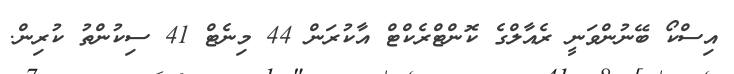
އިސްކޯ ބޭނުންވަނީ ރެއާލްގެ ކޮންޓްރެކްޓް އާކުރަން 44 މިނެޓް 41 ސިކުންތު ކުރިން.